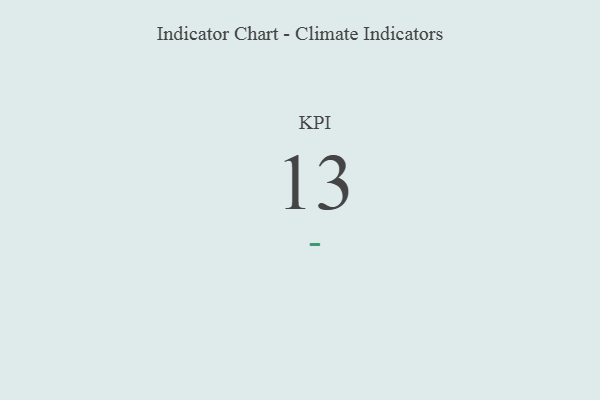
{"axis": {"x": "KPI", "y": "Value"}, "legend": [""], "data": [{"x": "KPI", "y": 13, "type": ""}]}